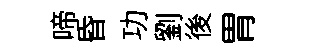
啼昏功劉後胃